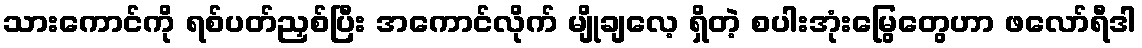
သားကောင်ကို ရစ်ပတ်ညှစ်ပြီး အကောင်လိုက် မျိုချလေ့ ရှိတဲ့ စပါးအုံးမြွေတွေဟာ ဖလော်ရီဒါ